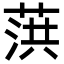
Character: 葓